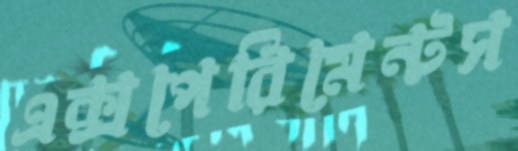
এক্সপেরিমেন্টস